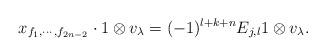
LaTeX: \begin{align*} x_{f_1,\cdots,f_{2n-2}}\cdot 1\otimes v_{\lambda}=(-1)^{l+k+n}E_{j,l}1\otimes v_{\lambda}.\end{align*}